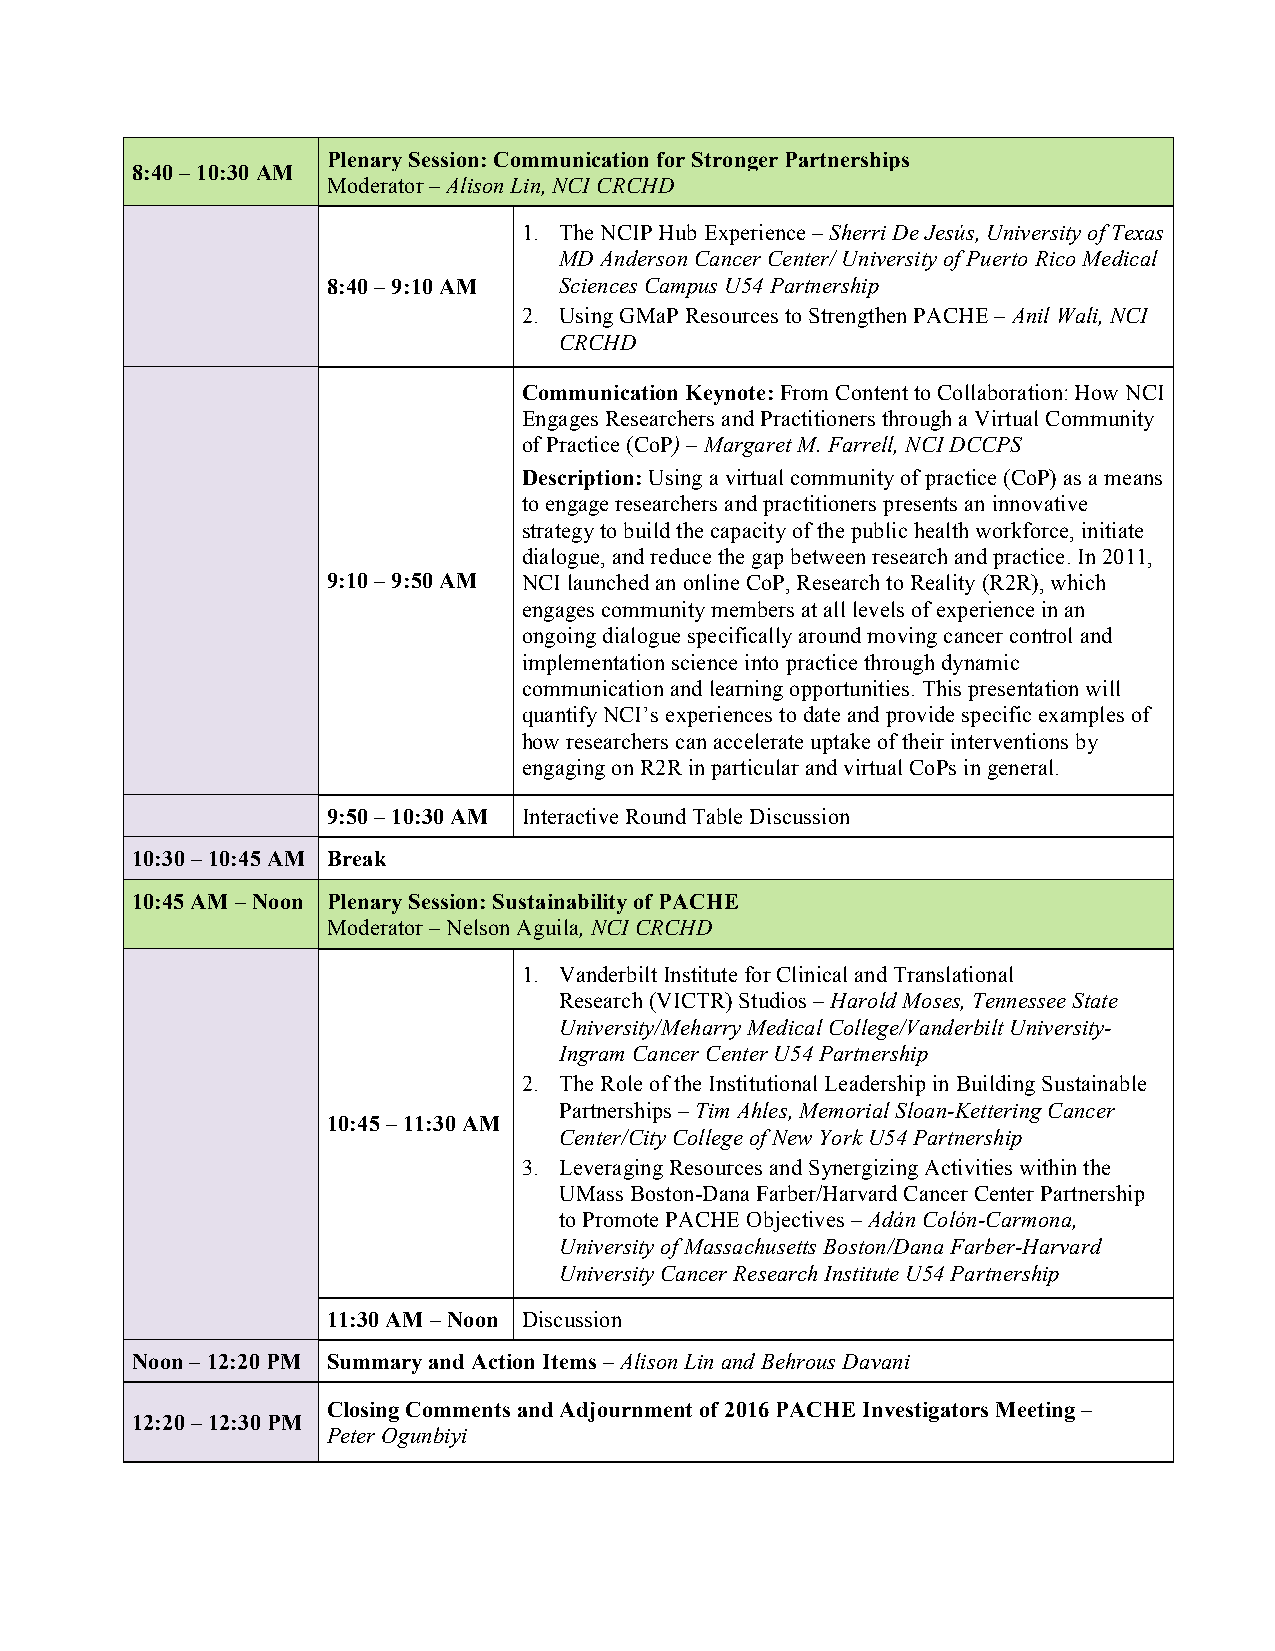
Plenary Session: Communication for Stronger Partnerships
 8:40 – 10:30 AM
 Moderator – Alison Lin, NCI CRCHD
 1. The NCIP Hub Experience – Sherri De Jesús, University of Texas
 MD Anderson Cancer Center/ University of Puerto Rico Medical
 8:40 – 9:10 AM Sciences Campus U54 Partnership
 2. Using GMaP Resources to Strengthen PACHE – Anil Wali, NCI
 CRCHD
 Communication Keynote: From Content to Collaboration: How NCI
 Engages Researchers and Practitioners through a Virtual Community
 of Practice (CoP) – Margaret M. Farrell, NCI DCCPS
 Description: Using a virtual community of practice (CoP) as a means
 to engage researchers and practitioners presents an innovative
 strategy to build the capacity of the public health workforce, initiate
 dialogue, and reduce the gap between research and practice. In 2011,
 9:10 – 9:50 AM NCI launched an online CoP, Research to Reality (R2R), which
 engages community members at all levels of experience in an
 ongoing dialogue specifically around moving cancer control and
 implementation science into practice through dynamic
 communication and learning opportunities. This presentation will
 quantify NCI’s experiences to date and provide specific examples of
 how researchers can accelerate uptake of their interventions by
 engaging on R2R in particular and virtual CoPs in general.
 9:50 – 10:30 AM Interactive Round Table Discussion
 10:30 – 10:45 AM Break
 10:45 AM – Noon Plenary Session: Sustainability of PACHE
 Moderator – Nelson Aguila, NCI CRCHD
 1. Vanderbilt Institute for Clinical and Translational
 Research (VICTR) Studios – Harold Moses, Tennessee State
 University/Meharry Medical College/Vanderbilt University-
 Ingram Cancer Center U54 Partnership
 2. The Role of the Institutional Leadership in Building Sustainable
 Partnerships – Tim Ahles, Memorial Sloan-Kettering Cancer
 10:45 – 11:30 AM
 Center/City College of New York U54 Partnership
 3. Leveraging Resources and Synergizing Activities within the
 UMass Boston-Dana Farber/Harvard Cancer Center Partnership
 to Promote PACHE Objectives – Adán Colón-Carmona,
 University of Massachusetts Boston/Dana Farber-Harvard
 University Cancer Research Institute U54 Partnership
 11:30 AM – Noon Discussion
 Noon – 12:20 PM Summary and Action Items – Alison Lin and Behrous Davani
 Closing Comments and Adjournment of 2016 PACHE Investigators Meeting –
 12:20 – 12:30 PM
 Peter Ogunbiyi